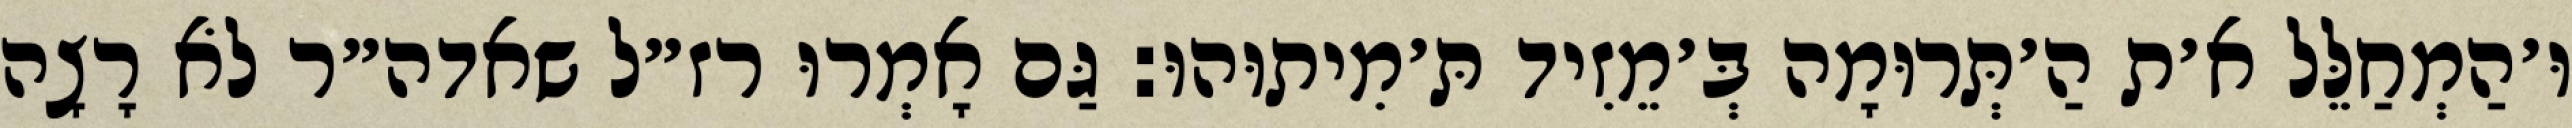
וּ׳הַמְחַלֵּל א׳ת הַ׳תְּרוּמָה בְּ׳מֵזִיד תּ׳מִיתוּהוּ: גַּם אָמְרוּ רז״ל שאדה״ר לֹא רָצָה